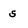
Character: s